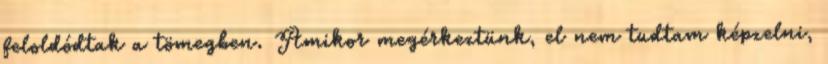
feloldódtak a tömegben. Amikor megérkeztünk, el nem tudtam képzelni,